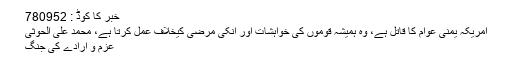
خبر کا کوڈ : 780952
امریکہ یمنی عوام کا قاتل ہے، وہ ہمیشہ قوموں کی خواہشات اور انکی مرضی کیخلاف عمل کرتا ہے، محمد علی الحوثی
عزم و ارادے کی جنگ